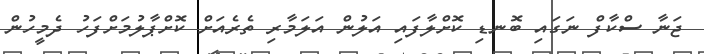
ޖަނާ ސްކާފް ނަގައި ބޮނޑި ކޮށްލާފައި އަލުން އަލަމާރި ތެރެއަށް ކޮށްޕާލުމަށްފަހު ދެމީހުން